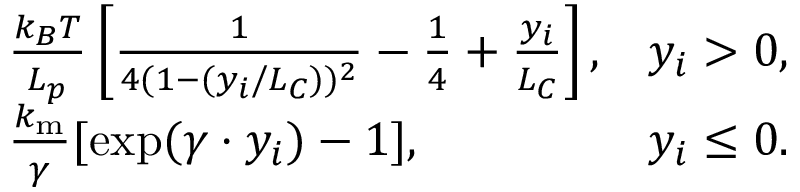
\begin{array} { r l r } & { \frac { k _ { B } T } { L _ { p } } \left[ \frac { 1 } { 4 ( 1 - ( y _ { i } / L _ { C } ) ) ^ { 2 } } - \frac { 1 } { 4 } + \frac { y _ { i } } { L _ { C } } \right] , } & { y _ { i } > 0 , } \\ & { \frac { k _ { \mathrm { m } } } { \gamma } [ \exp ( \gamma \cdot y _ { i } ) - 1 ] , } & { y _ { i } \le 0 . } \end{array}